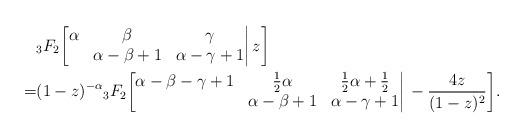
LaTeX: \begin{align*}&{}_3F_2\bigg[\begin{matrix}\alpha&\beta&\gamma\\&\alpha-\beta+1&\alpha-\gamma+1\end{matrix}\bigg|\,z\bigg]\\=&(1-z)^{-\alpha}{}_3F_2\bigg[\begin{matrix}\alpha-\beta-\gamma+1&\frac12\alpha&\frac12\alpha+\frac12\\&\alpha-\beta+1&\alpha-\gamma+1\end{matrix}\bigg|\,-\frac{4z}{(1-z)^2}\bigg].\end{align*}